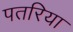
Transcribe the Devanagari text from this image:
पतरिया